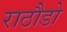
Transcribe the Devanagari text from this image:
राठौडो